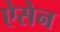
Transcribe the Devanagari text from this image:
ऐसेन